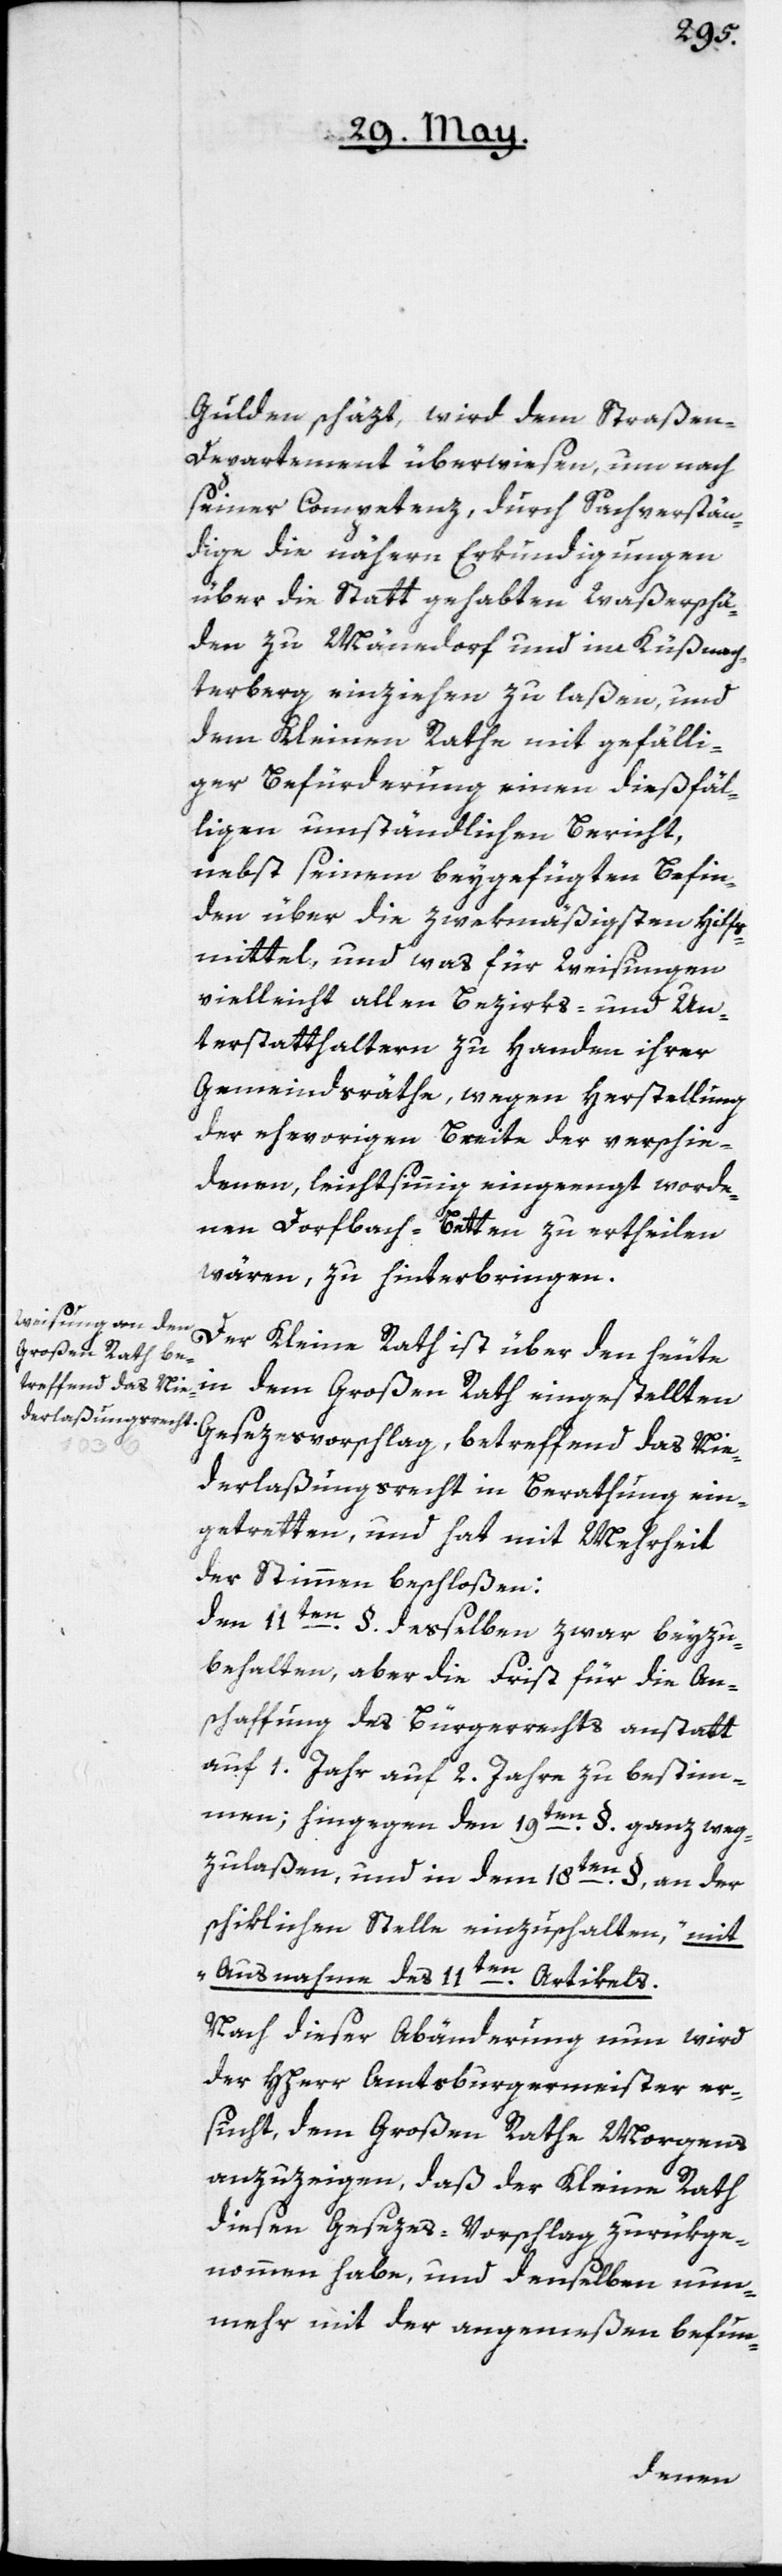
Gulden schäzt, wird dem Straßen-D¬
epartement überwiesen, um nach
seiner Competenz, durch Sachverstän¬
dige die nähern Erkundigungen
über die Statt gehabten Waßerschä¬
den zu Männedorf und im Küßnach¬
terberg einziehen zu laßen, und
dem Kleinen Rathe mit gefälli¬
ger Befürderung einen dießfäl¬
ligen umständlichen Bericht,
nebst seinem beygefügten Befin¬
den über die zwekmäßigsten Hilfs¬
mittel, und was für Weisungen
vielleicht allen Bezirks- und Un¬
terstatthaltern zu Handen ihrer
Gemeindsräthe, wegen Herstellung
der ehevorigen Breite der verschie¬
denen, leichtsinnig eingeengt worde¬
nen Dorfbach-Betten zu ertheilen
wären, zu hinterbringen.
Der Kleine Rath ist über den heute
Großen Rath ein¬
Gesezesvorschlag, betreffend das Nie¬
derlaßungsrecht in Berathung ein¬
getretten, und hat mit Mehrheit
der Stimmen beschloßen:
Den 11ten §. desselben zwar beyzu¬
behalten, aber die Frist für die An¬
schaffung des Bürgerrechts anstatt
auf 1. Jahr auf 2. Jahre zu bestim¬
men; hingegen den 19ten §. ganz weg¬
zulaßen, und in dem 18ten §., an der
schiklichen Stelle einzuschalten, „mit
lten
Ausnahme des 11ten Artikels[“].
Nach dieser Abänderung nun wird
der Hherr Amtsburgermeister er¬
sucht, dem Großen Rathe Morgens
anzuzeigen, daß der Kleine Rath
diesen Gesezes-Vorschlag zurükge¬
nommen habe, und denselben nun¬
mehr mit der angemeßen befun-